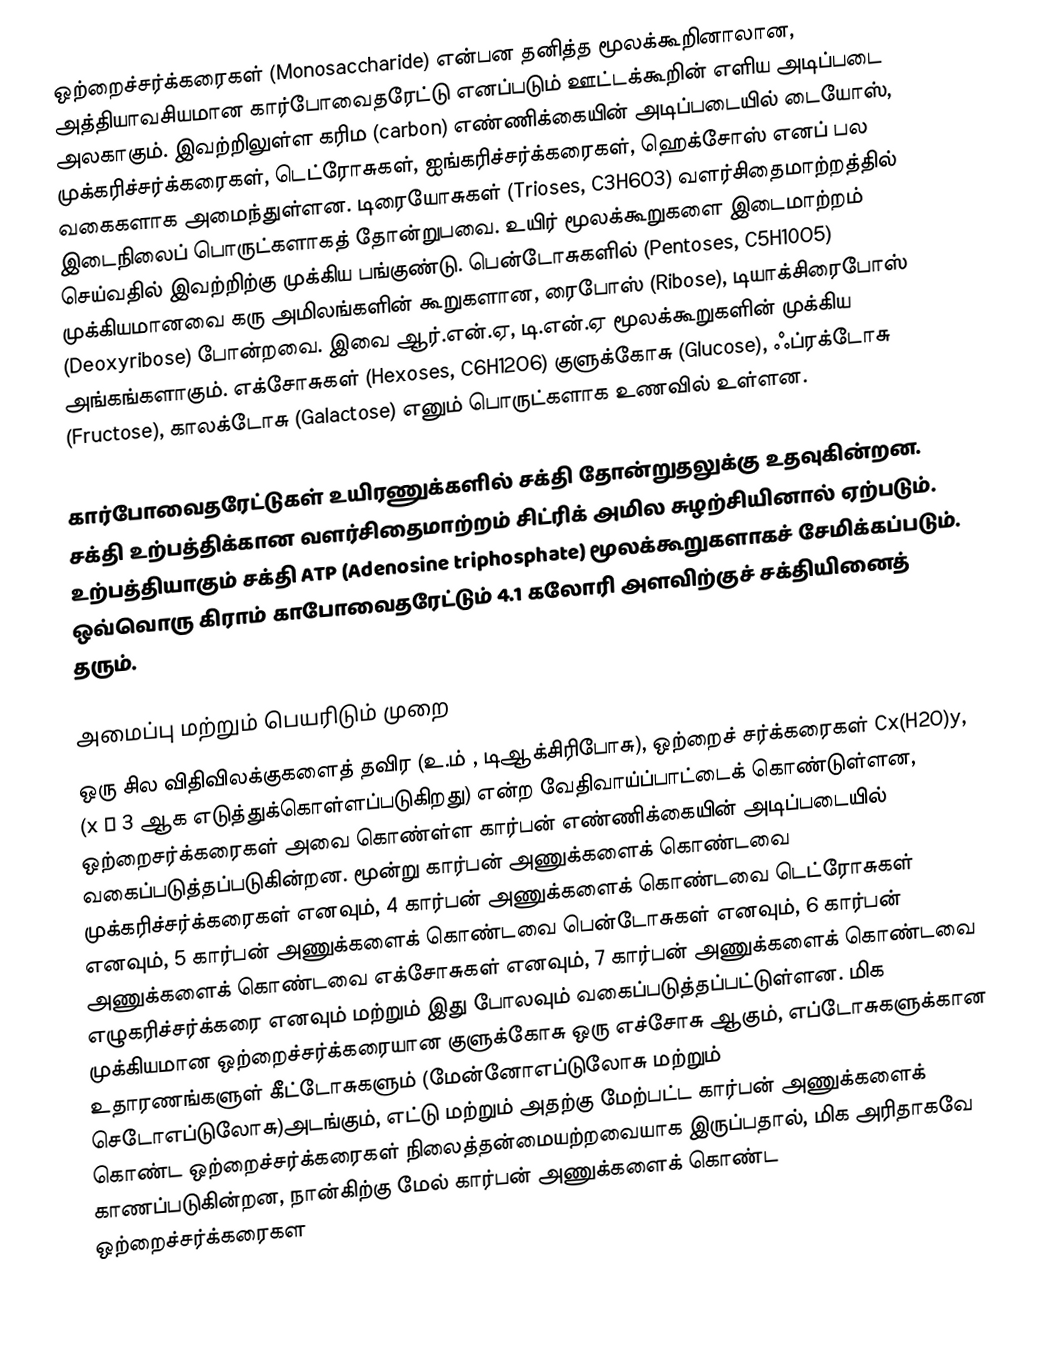
ஒற்றைச்சர்க்கரைகள் (Monosaccharide) என்பன தனித்த மூலக்கூறினாலான, அத்தியாவசியமான கார்போவைதரேட்டு எனப்படும் ஊட்டக்கூறின் எளிய அடிப்படை அலகாகும். இவற்றிலுள்ள கரிம (carbon) எண்ணிக்கையின் அடிப்படையில் டையோஸ், முக்கரிச்சர்க்கரைகள், டெட்ரோசுகள், ஐங்கரிச்சர்க்கரைகள், ஹெக்சோஸ் எனப் பல வகைகளாக அமைந்துள்ளன. டிரையோசுகள் (Trioses, C3H6O3) வளர்சிதைமாற்றத்தில் இடைநிலைப் பொருட்களாகத் தோன்றுபவை. உயிர் மூலக்கூறுகளை இடைமாற்றம் செய்வதில் இவற்றிற்கு முக்கிய பங்குண்டு. பென்டோசுகளில் (Pentoses, C5H10O5) முக்கியமானவை கரு அமிலங்களின் கூறுகளான, ரைபோஸ் (Ribose), டியாக்சிரைபோஸ் (Deoxyribose) போன்றவை. இவை ஆர்.என்.ஏ, டி.என்.ஏ மூலக்கூறுகளின் முக்கிய அங்கங்களாகும். எக்சோசுகள் (Hexoses, C6H12O6) குளுக்கோசு (Glucose), ஃப்ரக்டோசு (Fructose), காலக்டோசு (Galactose) எனும் பொருட்களாக உணவில் உள்ளன.

கார்போவைதரேட்டுகள் உயிரணுக்களில் சக்தி தோன்றுதலுக்கு உதவுகின்றன. சக்தி உற்பத்திக்கான வளர்சிதைமாற்றம் சிட்ரிக் அமில சுழற்சியினால் ஏற்படும். உற்பத்தியாகும் சக்தி ATP (Adenosine triphosphate) மூலக்கூறுகளாகச் சேமிக்கப்படும். ஒவ்வொரு கிராம் காபோவைதரேட்டும் 4.1 கலோரி அளவிற்குச் சக்தியினைத் தரும்.

அமைப்பு மற்றும் பெயரிடும் முறை
ஒரு சில விதிவிலக்குகளைத் தவிர (உ.ம் , டிஆக்சிரிபோசு), ஒற்றைச் சர்க்கரைகள் Cx(H2O)y, (x ≥ 3 ஆக எடுத்துக்கொள்ளப்படுகிறது) என்ற  வேதிவாய்ப்பாட்டைக் கொண்டுள்ளன,  ஒற்றைசர்க்கரைகள் அவை கொண்ள்ள கார்பன் எண்ணிக்கையின் அடிப்படையில் வகைப்படுத்தப்படுகின்றன. மூன்று கார்பன் அணுக்களைக் கொண்டவை முக்கரிச்சர்க்கரைகள் எனவும், 4 கார்பன் அணுக்களைக் கொண்டவை டெட்ரோசுகள் எனவும், 5 கார்பன் அணுக்களைக் கொண்டவை பென்டோசுகள் எனவும், 6 கார்பன் அணுக்களைக் கொண்டவை எக்சோசுகள் எனவும், 7 கார்பன் அணுக்களைக் கொண்டவை எழுகரிச்சர்க்கரை எனவும் மற்றும் இது போலவும் வகைப்படுத்தப்பட்டுள்ளன. மிக முக்கியமான ஒற்றைச்சர்க்கரையான குளுக்கோசு ஒரு எச்சோசு ஆகும், எப்டோசுகளுக்கான உதாரணங்களுள் கீட்டோசுகளும் (மேன்னோஎப்டுலோசு மற்றும்  செடோஎப்டுலோசு)அடங்கும், எட்டு மற்றும் அதற்கு மேற்பட்ட கார்பன் அணுக்களைக் கொண்ட ஒற்றைச்சர்க்கரைகள் நிலைத்தன்மையற்றவையாக இருப்பதால், மிக அரிதாகவே காணப்படுகின்றன, நான்கிற்கு மேல் கார்பன் அணுக்களைக் கொண்ட  ஒற்றைச்சர்க்கரைகள